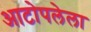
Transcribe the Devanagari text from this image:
आटोपलेला